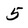
Character: 5